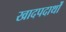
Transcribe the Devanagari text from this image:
खादपदार्थों